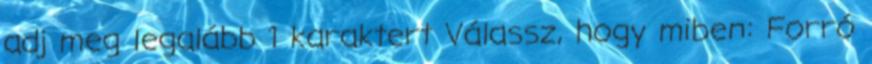
adj meg legalább 1 karaktert Válassz, hogy miben: Forró